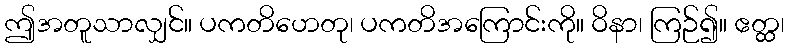
ဤအတူသာလျှင်။ ပကတိဟေတု၊ ပကတိအကြောင်းကို။ ဝိနာ၊ ကြဉ်၍။ ဧတ္ထ၊